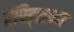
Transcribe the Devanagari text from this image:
रॅपिड्सच्या